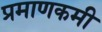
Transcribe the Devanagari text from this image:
प्रमाणकमी